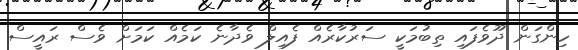
ހިންގަން ދޫވެފައި ތިބުމަކީ ސަރުކާރެއް ފެއިލް ވެދާނެ ކަމެއް ކަމަށް ވެސް ރައީސް